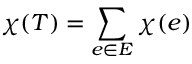
\chi ( T ) = \sum _ { e \in E } \chi ( e )